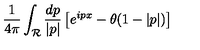
{ \frac { 1 } { 4 \pi } } \int _ { \cal R } { \frac { d p } { | p | } } \left[ e ^ { i p x } - \theta ( 1 - | p | ) \right]